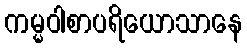
ကမ္မဝါစာပရိယောသာနေ